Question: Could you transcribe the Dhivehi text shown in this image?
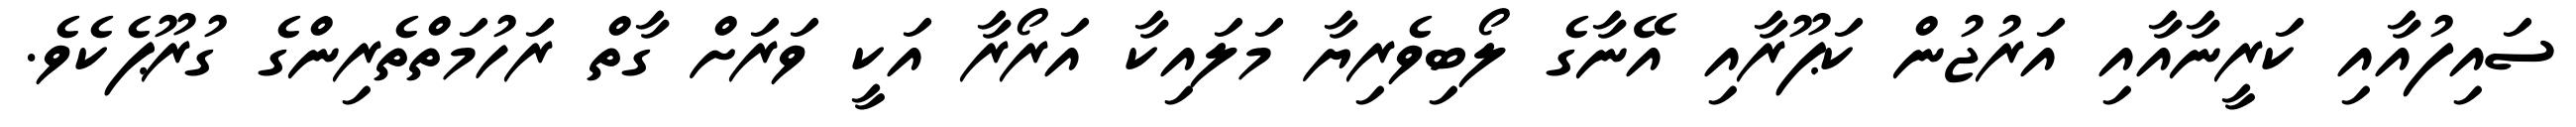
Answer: ސައިފުއާއި ކަރީނާއާއި އަރުޖުން ކަޕޫރާއި އޭނާގެ ލޯބިވެރިޔާ މަލައިކާ އަރޯރާ އަކީ ވަރަށް ގާތް ރަހުމަތްތެރިންގެ ގުރޫޕެކެވެ.